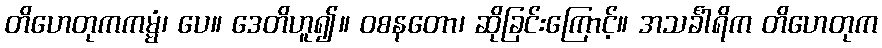
တိဟေတုကကမ္မံ၊ ပေ။ ဒေတိဟူ၍။ ဝစနတော၊ ဆိုခြင်းကြောင့်။ အသင်္ခါရိက တိဟေတုက